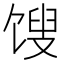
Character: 馊